Vaccination report Assam 1896-1927 - 1896-1927
Year: 1896
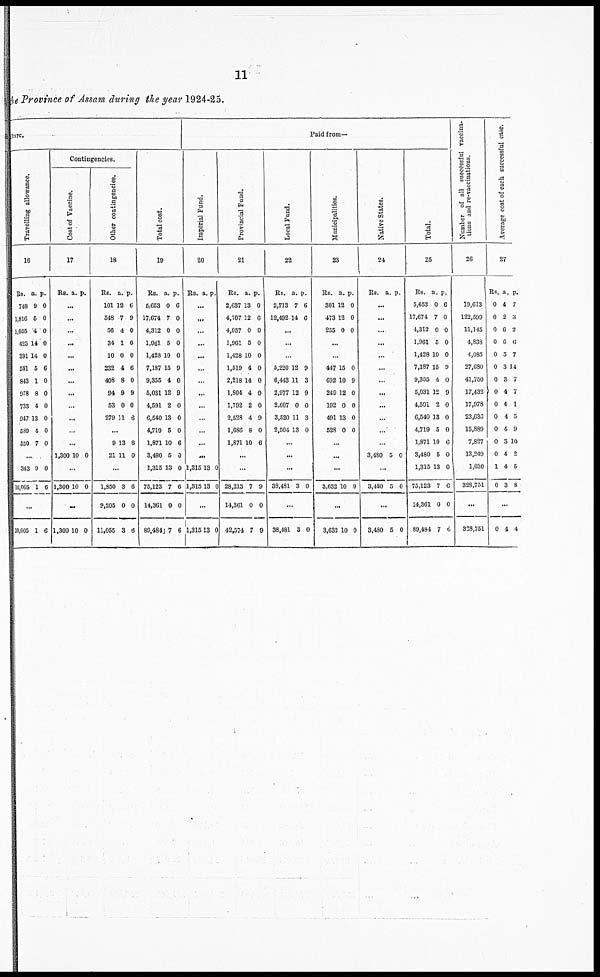
11
the Province of Assam during the year 1924-25.
tare.
Travelling allowance.
16
Rs.
748
1,816
1,055
425
391
581
843
978
733
947
589
550
a.
9
5
4
14
14
5
1
8
4
13
4
7
p.
0
0
0
0
0
6
0
0
0
0
0
0
...
343
10,005
9
1
0
6
...
10,005 1 6
Contingencies.
Cost of Vaccine.
17
Rs. a. p.
...
...
...
...
...
...
...
...
...
...
...
...
1,300 10 0
...
1,300 10 0
...
1,300 10 0
Other contingencies.
18
Rs.
101
548
56
34
10
232
408
94
53
279
a.
12
7
4
1
0
4
8
9
0
11
p.
6
9
0
0
0
6
0
9
0
8
...
9
21
13
11
6
0
...
1,850
9,205
11,055
3
0
3
6
0
6
Total cost.
19
Rs.
5,653
17,674
4,312
1,961
1,428
7,187
9,355
5,031
4,591
6,540
4,719
1,871
3,480
1,315
75,123
14,361
80,484
a.
0
7
0
5
10
15
4
12
2
13
5
10
5
13
7
0
7
p.
6
0
0
0
0
9
0
9
0
0
0
6
0
0
6
0
6
Paid from—
Imperial Fund.
20
Rs. a. p.
...
...
...
...
...
...
...
...
...
...
...
...
...
1,315
1,315
13
13
0
0
...
1,315
13 0
Provincial Fund.
21
Rs.
2,637
4,707
4,057
1,961
1,428
1,519
2,218
1,804
1,792
2,528
1,686
1,871
a.
13
12
0
5
10
4
14
4
2
4
8
10
p.
0
6
0
0
0
0
0
0
0
9
0
6
...
...
28,213
14,361
42,574
7
0
7
9
0
9
Local Fund.
22
Rs.
2,713
12,492
a.
7
14
p.
0
6
...
...
...
5,220
6,443
2,977
2,607
3,520
2,504
12
11
12
0
11
13
9
3
9
0
3
0
...
...
...
38,481 3 0
...
38,481 3 0
Municipalities.
23
Rs.
301
473
255
a.
12
12
0
p.
0
0
0
...
...
447
692
249
192
491
528
15
10
12
0
13
0
0
9
0
0
0
0
...
...
...
3,632 10 9
...
3,632 10 9
Native States.
24
Rs. a. p.
...
...
...
...
...
...
...
...
...
...
...
...
3,480 5 0
..
3,480 5 0
...
3,480 5 0
Total.
25
Rs.
5,653
17,674
4,312
1,961
1,428
7,187
9,355
5,031
4,591
6,540
4,719
1,871
3,480
1,315
75,123
14,361
89,484
a.
0
7
0
5
10
15
4
12
2
13
5
10
5
13
7
0
7
p.
6
0
0
0
0
9
0
9
0
0
0
6
0
0
6
0
6
Number of all successful vaccina-
tions and re-vaccinations.
26
19,613
122,599
11,145
4,838
4,085
27,680
41,750
17,432
17,978
23,636
15,889
7,827
13,249
1,030
328,751
...
328,751
Average cost of each successful case.
27
Rs.
0
0
0
0
0
0
0
0
0
0
0
0
0
1
0
a.
4
2
6
6
5
3
3
4
4
4
4
3
4
4
3
p.
7
3
2
6
7
14
7
7
1
5
9
10
2
6
8
...
0 4 4